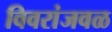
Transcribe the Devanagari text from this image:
विवरांजवळ